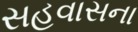
સહવાસના